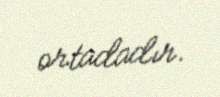
ortadadır.